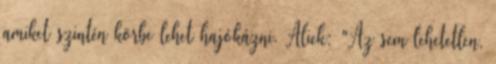
amiket szintén körbe lehet hajókázni. Alick: "Az sem lehetetlen,